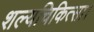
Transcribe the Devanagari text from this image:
शल्यचिकित्सा।